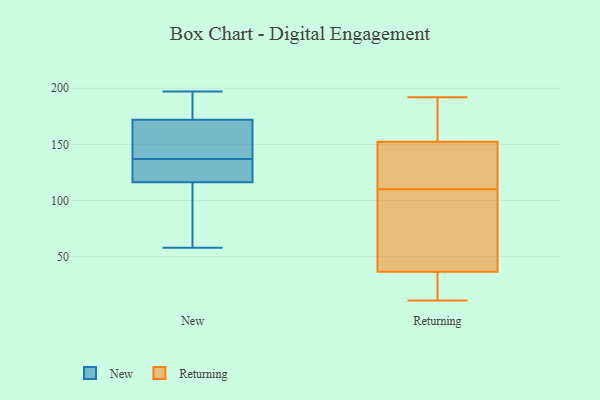
{"axis": {"x": "Energy Usage (MWh)", "y": "Value"}, "legend": ["New", "Returning"], "data": [{"x": "", "y": 137, "type": "New"}, {"x": "", "y": 121, "type": "New"}, {"x": "", "y": 169, "type": "New"}, {"x": "", "y": 102, "type": "New"}, {"x": "", "y": 147, "type": "New"}, {"x": "", "y": 126, "type": "New"}, {"x": "", "y": 197, "type": "New"}, {"x": "", "y": 191, "type": "New"}, {"x": "", "y": 149, "type": "New"}, {"x": "", "y": 181, "type": "New"}, {"x": "", "y": 58, "type": "New"}, {"x": "", "y": 97, "type": "New"}, {"x": "", "y": 137, "type": "New"}, {"x": "", "y": 35, "type": "Returning"}, {"x": "", "y": 41, "type": "Returning"}, {"x": "", "y": 110, "type": "Returning"}, {"x": "", "y": 13, "type": "Returning"}, {"x": "", "y": 183, "type": "Returning"}, {"x": "", "y": 136, "type": "Returning"}, {"x": "", "y": 144, "type": "Returning"}, {"x": "", "y": 86, "type": "Returning"}, {"x": "", "y": 190, "type": "Returning"}, {"x": "", "y": 155, "type": "Returning"}, {"x": "", "y": 11, "type": "Returning"}, {"x": "", "y": 128, "type": "Returning"}, {"x": "", "y": 12, "type": "Returning"}, {"x": "", "y": 59, "type": "Returning"}, {"x": "", "y": 180, "type": "Returning"}, {"x": "", "y": 192, "type": "Returning"}, {"x": "", "y": 12, "type": "Returning"}, {"x": "", "y": 71, "type": "Returning"}, {"x": "", "y": 132, "type": "Returning"}]}